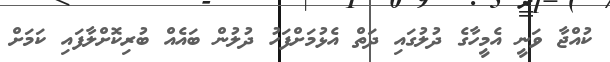
ކުއްޖާ ވަނީ އެމީހާގެ ދުލުގައި ދަތް އެޅުމަށްފަހު ދުލުން ބައެއް ބުރިކޮށްލާފައި ކަމަށް